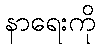
နာရေးကို